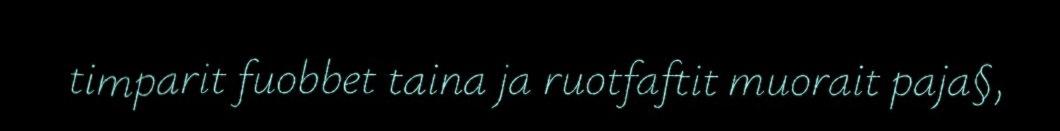
timparit fuobbet taina ja ruotfaftit muorait paja§,